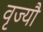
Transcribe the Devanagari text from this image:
वृज्यौ